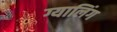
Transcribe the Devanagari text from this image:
ग्यालिंग